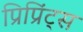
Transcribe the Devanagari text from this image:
प्रिप्रिंट्स